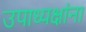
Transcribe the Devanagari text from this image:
उपाध्यक्षांना